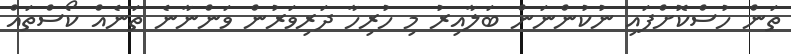
ތަން ހުސްކޮށްފައި ނުކުންނަން ބަލާއިރު މި ހުރިހާ ދަރިވަރުން ވަންނާނެ ތަނެއް ކޯސްތައް